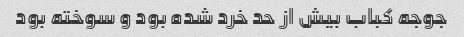
جوجه کباب بیش از حد خرد شده بود و سوخته بود